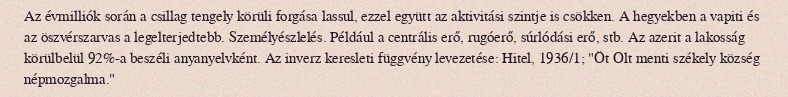
Az évmilliók során a csillag tengely körüli forgása lassul, ezzel együtt az aktivitási szintje is csökken. A hegyekben a vapiti és az öszvérszarvas a legelterjedtebb. Személyészlelés. Például a centrális erő, rugóerő, súrlódási erő, stb. Az azerit a lakosság körülbelül 92%-a beszéli anyanyelvként. Az inverz keresleti függvény levezetése: Hitel, 1936/1; "Öt Olt menti székely község népmozgalma."